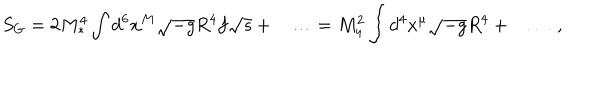
S _ { G } = 2 M _ { * } ^ { 4 } \int d ^ { 6 } x ^ { M } \sqrt { - g } R ^ { 4 } f \sqrt { s } + \ldots = M _ { 4 } ^ { 2 } \int d ^ { 4 } x ^ { \mu } \sqrt { - g } R ^ { 4 } + \ldots \ ,